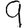
Digit: 9